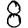
Digit: 8